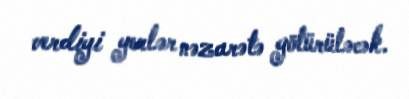
verdiyi yerlər nəzarətə götürüləcək.